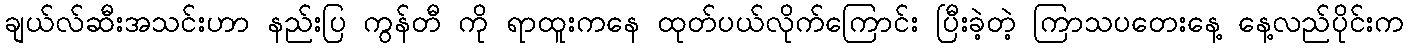
ချယ်လ်ဆီးအသင်းဟာ နည်းပြ ကွန်တီ ကို ရာထူးကနေ ထုတ်ပယ်လိုက်ကြောင်း ပြီးခဲ့တဲ့ ကြာသပတေးနေ့ နေ့လည်ပိုင်းက